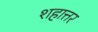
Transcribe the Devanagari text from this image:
शहात्तर